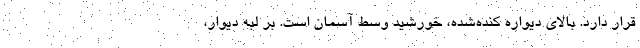
قرار دارد. بالای دیواره کنده‌شده، خورشید وسط آسمان است. بر لبه دیوار،